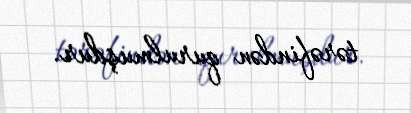
tərəfindən qurulmuşdur.